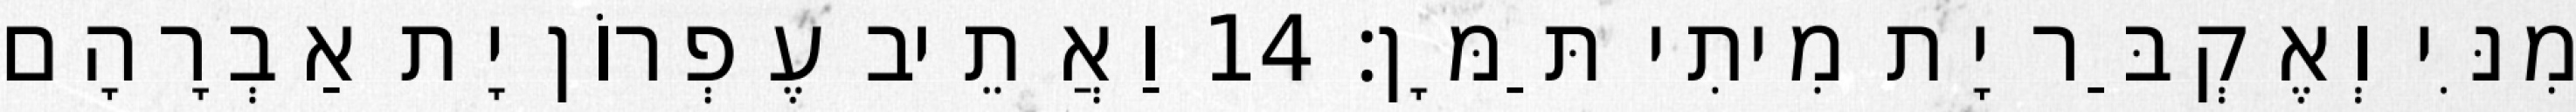
מִנִּי וְאֶקְבַּר יָת מִיתִי תַּמָּן׃ 14 וַאֲתֵיב עֶפְרוֹן יָת אַבְרָהָם